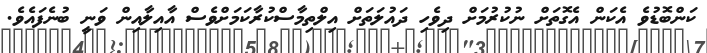
ކަންބޮޑުވެ އެކަން އެގޮތަށް ނުކުރުމަށް ދިވެހި ދައުލަތަށް އިލްތިމާސްކުރާކަމަށްވެސް އާއިލާއިން ވަނީ ބުނެފައެވެ.